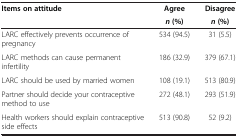
<table><thead><tr><td rowspan="2"><b>Items on attitude</b></td><td><b>Agree</b></td><td><b>Disagree</b></td></tr><tr><td><b><i>n </i>(%)</b></td><td><b><i>n </i>(%)</b></td></tr></thead><tbody><tr><td>LARC effectively prevents occurrence of pregnancy</td><td>534 (94.5)</td><td>31 (5.5)</td></tr><tr><td>LARC methods can cause permanent infertility</td><td>186 (32.9)</td><td>379 (67.1)</td></tr><tr><td>LARC should be used by married women</td><td>108 (19.1)</td><td>513 (80.9)</td></tr><tr><td>Partner should decide your contraceptive method to use</td><td>272 (48.1)</td><td>293 (51.9)</td></tr><tr><td>Health workers should explain contraceptive side effects</td><td>513 (90.8)</td><td>52 (9.2)</td></tr></tbody></table>